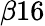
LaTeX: \beta 16